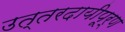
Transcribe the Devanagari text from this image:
उत्तरदायीपूर्ण